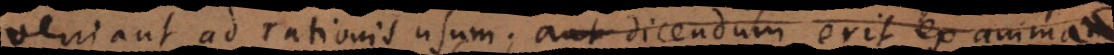
veniant ad rationis usum; aut dicendum erit ex anima